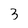
Character: 3